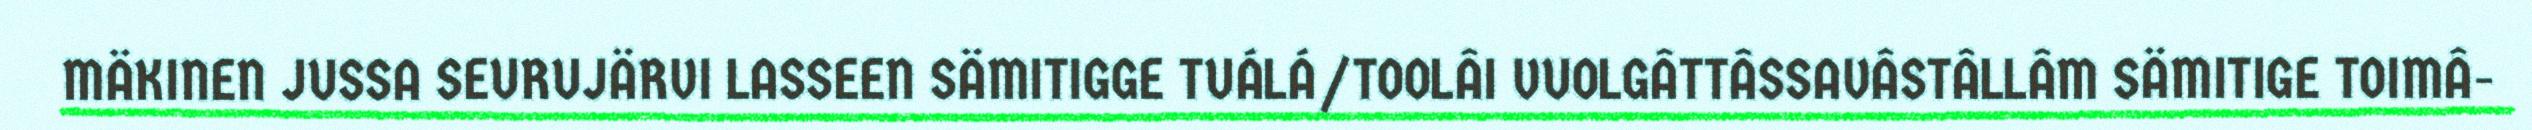
MÄKINEN JUSSA SEURUJÄRVI LASSEEN SÄMITIGGE TUÁLÁ/TOOLÂI VUOLGÂTTÂSSAVÂSTÂLLÂM SÄMITIGE TOIMÂ-